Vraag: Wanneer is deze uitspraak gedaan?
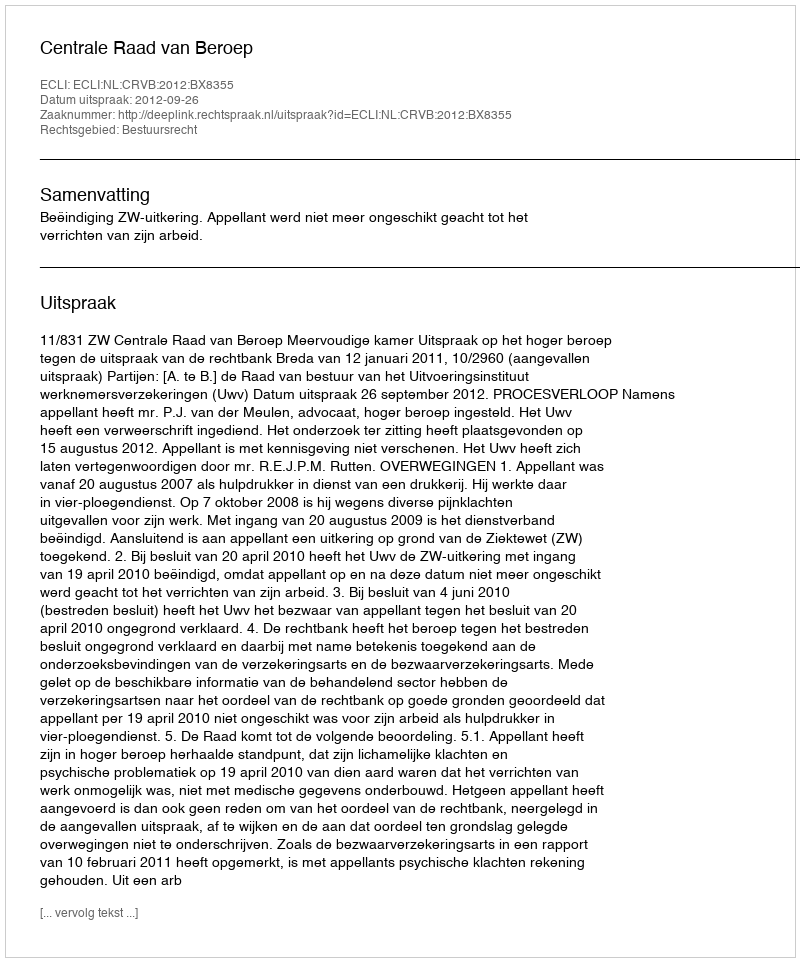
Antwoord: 2012-09-26